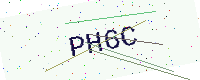
Text: PH6C